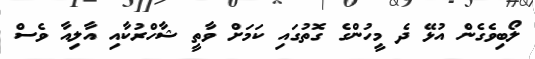
ލޯބިވެގެން އުޅޭ ދެ މީހުންގެ ގޮތުގައި ކަމަށް ވާތީ ޝާހްރުކާއި އާލިއާ ވެސް